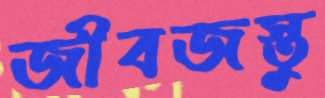
জীবজস্তু